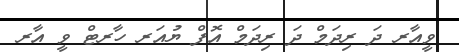
ވީއާރ ދަ ރިދަމް ދަ ރިދަމް އޮފް ޔުއަރ ހާރޓް ވީ އާރ